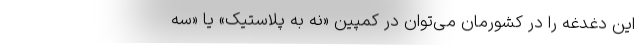
این دغدغه‌ را در کشورمان می‌توان در کمپین «نه به پلاستیک» یا «سه‌